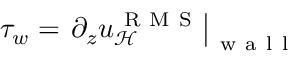
\tau _ { w } = \left. \partial _ { z } u _ { \mathcal { H } } ^ { \mathrm { ~ R ~ M ~ S ~ } } \right\vert _ { \mathrm { ~ w ~ a ~ l ~ l ~ } }